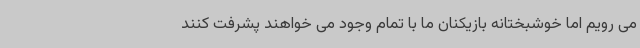
می رویم اما خوشبختانه بازیکنان ما با تمام وجود می خواهند پشرفت کنند